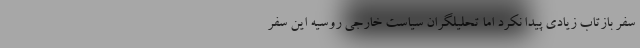
سفر بازتاب زیادی پیدا نکرد اما تحلیلگران سیاست خارجی روسیه این سفر